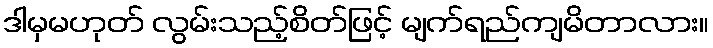
ဒါမှမဟုတ် လွမ်းသည့်စိတ်ဖြင့် မျက်ရည်ကျမိတာလား။